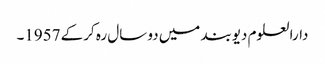
دارالعلوم دیوبند میں دو سال رہ کرکے 1957۔